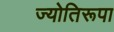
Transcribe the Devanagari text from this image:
ज्योतिरूपा